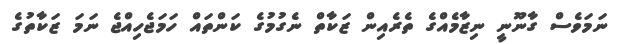
ނަމަވެސް ގާނޫނީ ނިޒާމެއްގެ ތެރެއިން ޒަކާތް ނެގުމުގެ ކަންތައް ހަމަޖެހިއްޖެ ނަމަ ޒަކާތުގެ